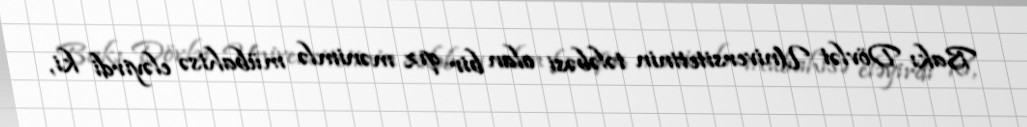
Bakı Dövlət Universitetinin tələbəsi olan bir qız mənimlə mübahisə eləyirdi ki,